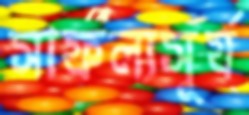
সাফল্যসূর্য